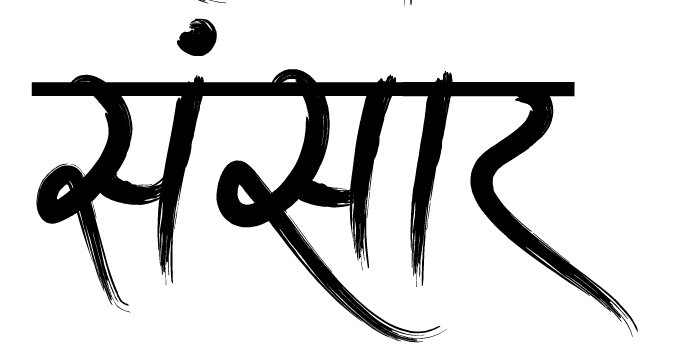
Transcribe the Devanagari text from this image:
संसार